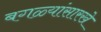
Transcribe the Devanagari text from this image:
बगळ्यांसारखे